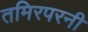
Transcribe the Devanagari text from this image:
तमिरपरनी